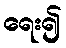
ရေး၍